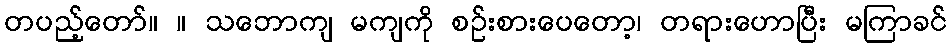
တပည့်တော်။ ။ သဘောကျ မကျကို စဉ်းစားပေတော့၊ တရားဟောပြီး မကြာခင်